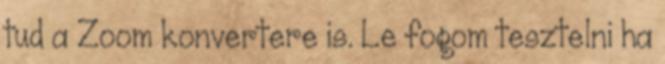
tud a Zoom konvertere is. Le fogom tesztelni ha